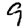
Digit: 9